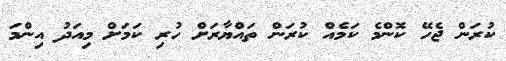
ކުރަން ޖެހޭ ކޮންމެ ކަމެއް ކުރަން ތައްޔާރަށް ހުރި ކަމަށް މިއަދު އިންމަ